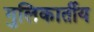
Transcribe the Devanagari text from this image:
गुलिकार्तीय